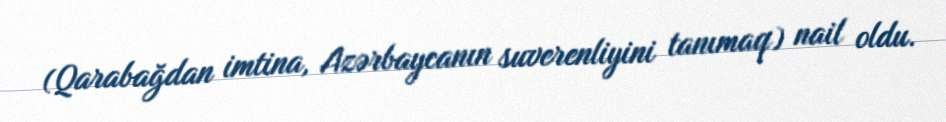
(Qarabağdan imtina, Azərbaycanın suverenliyini tanımaq) nail oldu.